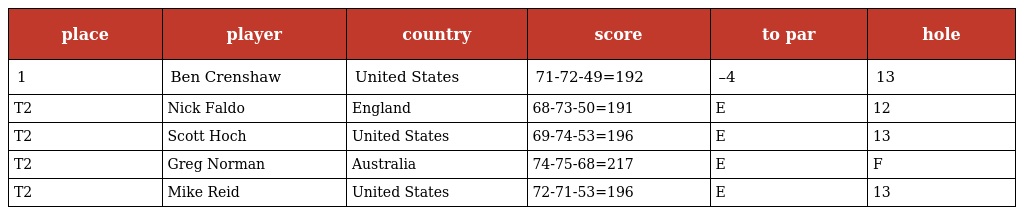
| place | player | country | score | to par | hole |
 | --- | --- | --- | --- | --- | --- |
 | 1 | Ben Crenshaw | United States | 71-72-49=192 | –4 | 13 |
 | T2 | Nick Faldo | England | 68-73-50=191 | E | 12 |
 | T2 | Scott Hoch | United States | 69-74-53=196 | E | 13 |
 | T2 | Greg Norman | Australia | 74-75-68=217 | E | F |
 | T2 | Mike Reid | United States | 72-71-53=196 | E | 13 |